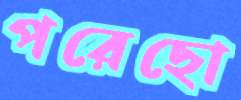
পরেছো